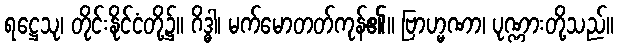
ရဋ္ဌေသု၊ တိုင်းနိုင်ငံတို့၌။ ဂိဒ္ဓါ၊ မက်မောတတ်ကုန်၏။ ဗြာဟ္မဏာ၊ ပုဏ္ဏားတို့သည်။